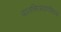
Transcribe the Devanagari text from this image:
बालचित्रवाणीमध्ये